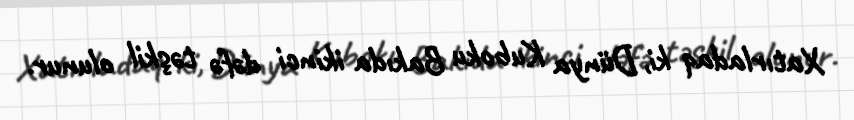
Xatırladaq ki, Dünya Kuboku Bakıda ikinci dəfə təşkil olunur.